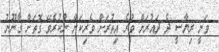
ވަނީ ރިޔާސީ ދެ ދައުރަށް ވުރެ އިތުރަށް ވެރިކަން ނުކުރެވޭ ގޮތަށް ގާނޫނު